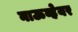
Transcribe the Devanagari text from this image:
नाऊव्हेयर